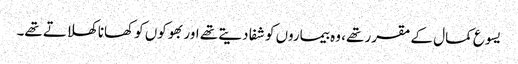
‏ یسوع کمال کے مقرر تھے،‏ وہ بیماروں کو شفا دیتے تھے اور بھوکوں کو کھانا کھلاتے تھے۔